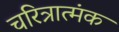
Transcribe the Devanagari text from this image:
चरित्रात्मंक